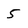
Character: 5